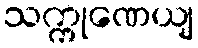
သက္ကုဏေယျ